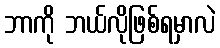
ဘာကို ဘယ်လိုဖြစ်ရမှာလဲ